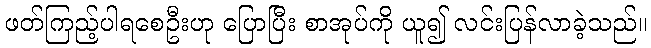
ဖတ်ကြည့်ပါရစေဦးဟု ပြောပြီး စာအုပ်ကို ယူ၍ လင်းပြန်လာခဲ့သည်။